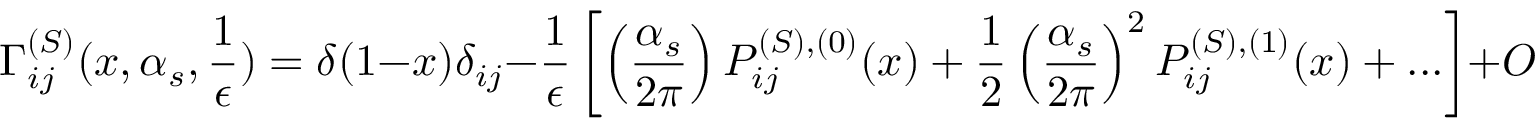
\Gamma _ { i j } ^ { ( S ) } ( x , \alpha _ { s } , \frac { 1 } { \epsilon } ) = \delta ( 1 - x ) \delta _ { i j } - \frac { 1 } { \epsilon } \left[ \left( \frac { \alpha _ { s } } { 2 \pi } \right) P _ { i j } ^ { ( S ) , ( 0 ) } ( x ) + \frac { 1 } { 2 } \left( \frac { \alpha _ { s } } { 2 \pi } \right) ^ { 2 } P _ { i j } ^ { ( S ) , ( 1 ) } ( x ) + . . . \right] + { \cal O } ( \frac { 1 } { \epsilon ^ { 2 } } ) \; .